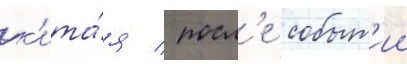
к'ита́я / посл'е событ'ии